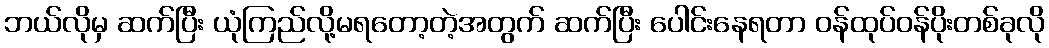
ဘယ်လိုမှ ဆက်ပြီး ယုံကြည်လို့မရတော့တဲ့အတွက် ဆက်ပြီး ပေါင်းနေရတာ ဝန်ထုပ်ဝန်ပိုးတစ်ခုလို